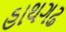
હાથગઢ